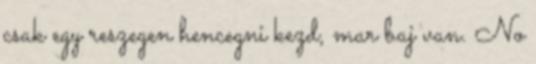
csak egy reszegen hencegni kezd, mar baj van. No